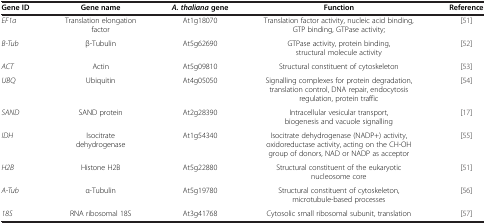
<table><thead><tr><td><b>Gene ID</b></td><td><b>Gene name</b></td><td><b><i>A. thaliana </i>gene</b></td><td><b>Function</b></td><td><b>Reference</b></td></tr></thead><tbody><tr><td><i>EF1a</i></td><td>Translation elongation factor</td><td>At1g18070</td><td>Translation factor activity, nucleic acid binding, GTP binding, GTPase activity;</td><td>[51]</td></tr><tr><td><i>B-Tub</i></td><td>β-Tubulin</td><td>At5g62690</td><td>GTPase activity, protein binding, structural molecule activity</td><td>[52]</td></tr><tr><td><i>ACT</i></td><td>Actin</td><td>At5g09810</td><td>Structural constituent of cytoskeleton</td><td>[53]</td></tr><tr><td><i>UBQ</i></td><td>Ubiquitin</td><td>At4g05050</td><td>Signalling complexes for protein degradation, translation control, DNA repair, endocytosis regulation, protein traffic</td><td>[54]</td></tr><tr><td><i>SAND</i></td><td>SAND protein</td><td>At2g28390</td><td>Intracellular vesicular transport, biogenesis and vacuole signalling</td><td>[17]</td></tr><tr><td><i>IDH</i></td><td>Isocitrate dehydrogenase</td><td>At1g54340</td><td>Isocitrate dehydrogenase (NADP+) activity, oxidoreductase activity, acting on the CH-OH group of donors, NAD or NADP as acceptor</td><td>[55]</td></tr><tr><td><i>H2B</i></td><td>Histone H2B</td><td>At5g22880</td><td>Structural constituent of the eukaryotic nucleosome core</td><td>[51]</td></tr><tr><td><i>A-Tub</i></td><td>α-Tubulin</td><td>At5g19780</td><td>Structural constituent of cytoskeleton, microtubule-based processes</td><td>[56]</td></tr><tr><td><i>18S</i></td><td>RNA ribosomal 18S</td><td>At3g41768</td><td>Cytosolic small ribosomal subunit, translation</td><td>[57]</td></tr></tbody></table>